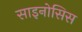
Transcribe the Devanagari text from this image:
साइनोसिस